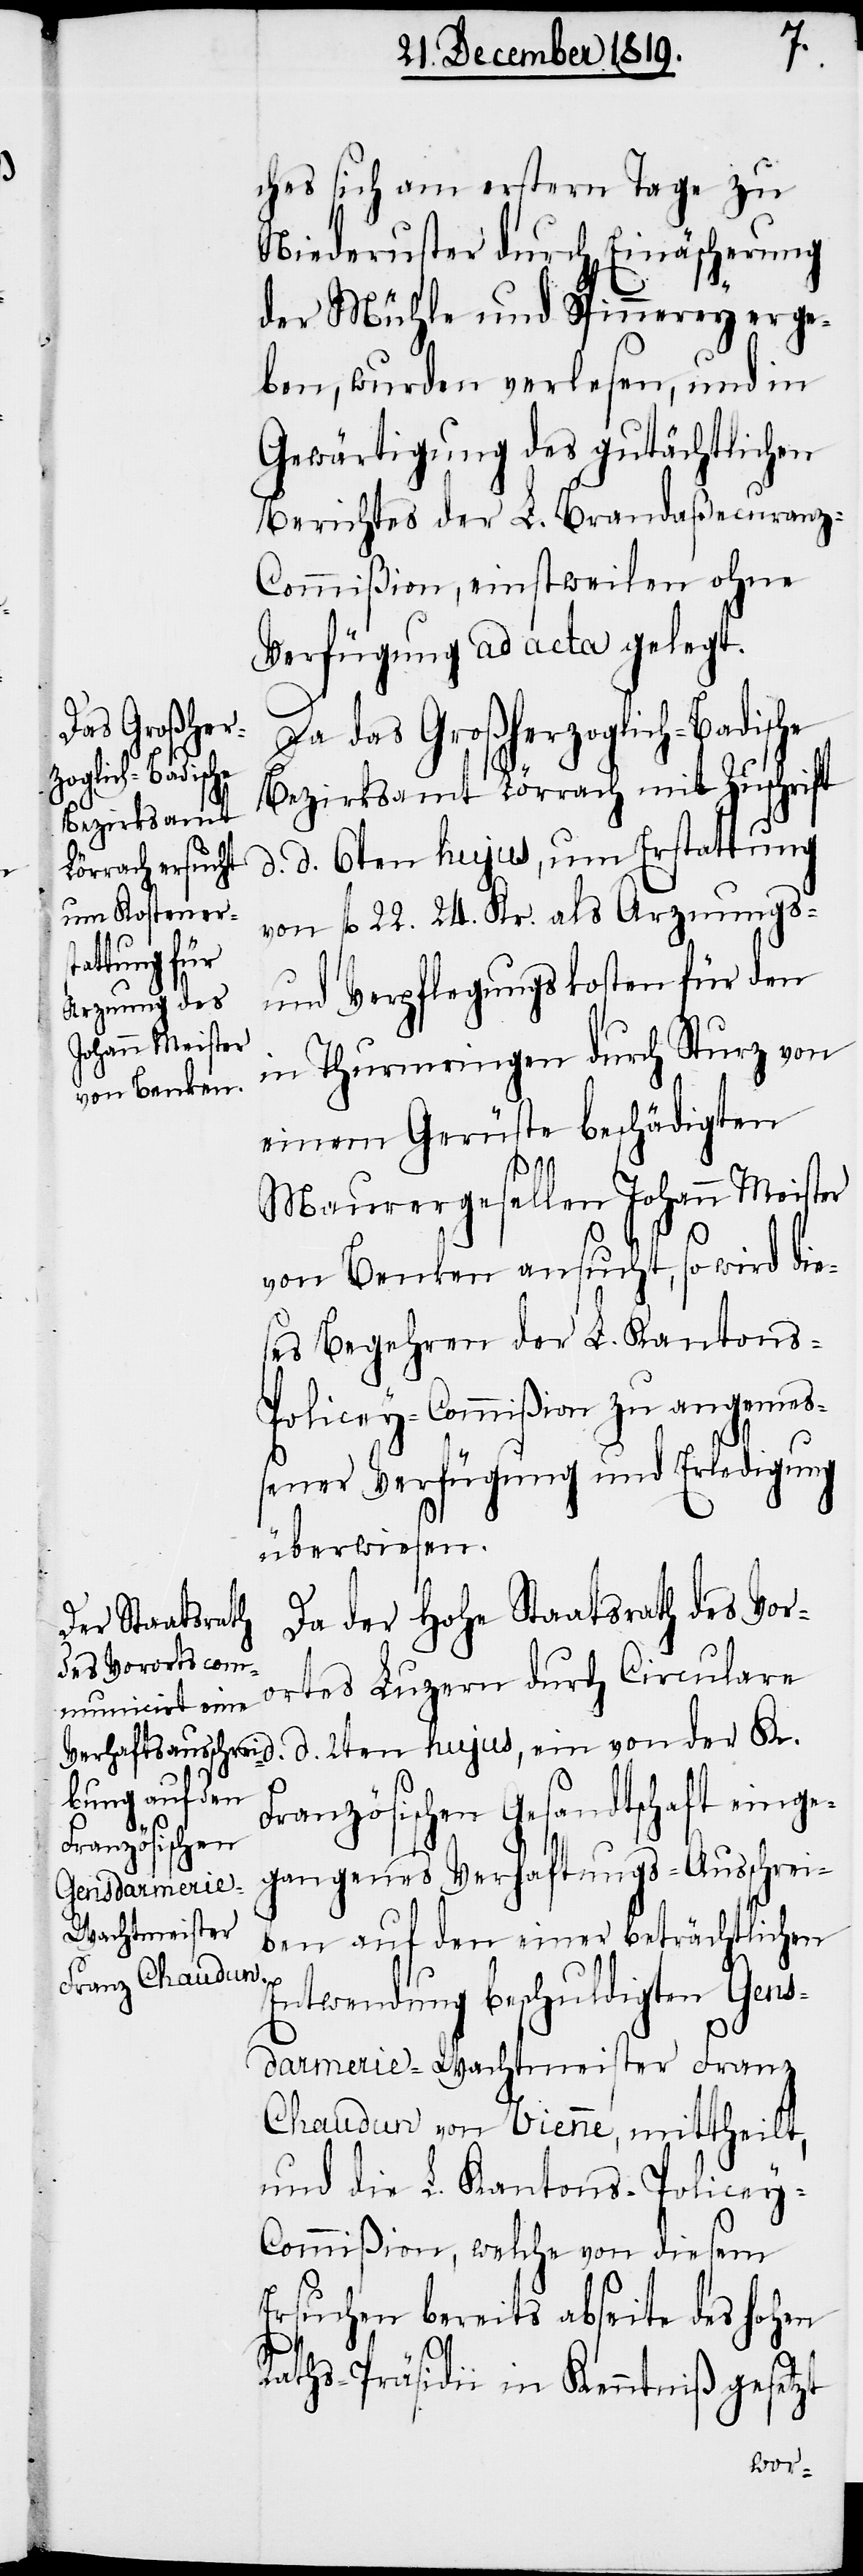
ches sich am erstern Tage zu
Niederuster durch Einäscherung
der Mühle und Spinnerey erge¬
ben, wurden verlesen, und in
Gewärtigung des gutächtlichen
Berichtes der L. Brandaßecuran¬
z-Commißion, einstweilen ohne
Verfügung ad acta gelegt.
Da das Großherzoglich-Badische
hujus, ein von
Bezirksamt Lörrach mit Zuschrift
d. d. 6ten hujus, um Erstattung
von fl. 22. 24. Kr. als Arznungs-
und Verpflegungskosten für den
in Thurmringen durch Sturz von
einem Gerüste beschädigten
Maurergesellen Johann Meister
von Benken ansucht, so wird die¬
ses Begehren der L. Kantons-P¬
olicey-Commißion zu angemes¬
sener Verfügung und Erledigung
überwiesen.
Da der hohe Staatsrath des Voro¬
rtes Luzern durch Circulare
Französischen Gesandtschaft einge¬
der
gangenes Verhaftungs-Ausschrei¬
ben auf den einer beträchtlichen
Entwendung beschuldigten Gens¬
darmerie-Wachtmeister Franz
Chaudun von Vienne, mittheilt,
und die L. Kantons-Policey-C¬
ommißion, welche von diesem
Ersuchen bereits abseite des hohen
Raths-Präsidii in Kenntniß gesetzt